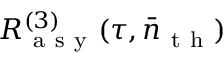
R _ { \mathrm { ~ a ~ s ~ y ~ } } ^ { ( 3 ) } ( \tau , \bar { n } _ { \mathrm { ~ t ~ h ~ } } )